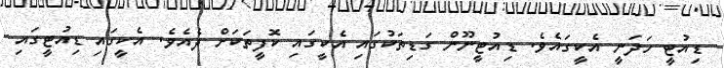
ޑިއުޓީ ހަދަނީ އެކީގައެވެ. ޑިއުޓީނޫން ގަޑިތަކުގައި އެކީގައި ކޮފީތަކަށް ދެއެވެ. އެކީގައި ޑިއުޓީގައި